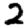
Digit: 2